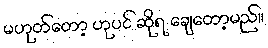
မဟုတ်တော့ ဟုပင် ဆိုရ ချေတော့မည်။